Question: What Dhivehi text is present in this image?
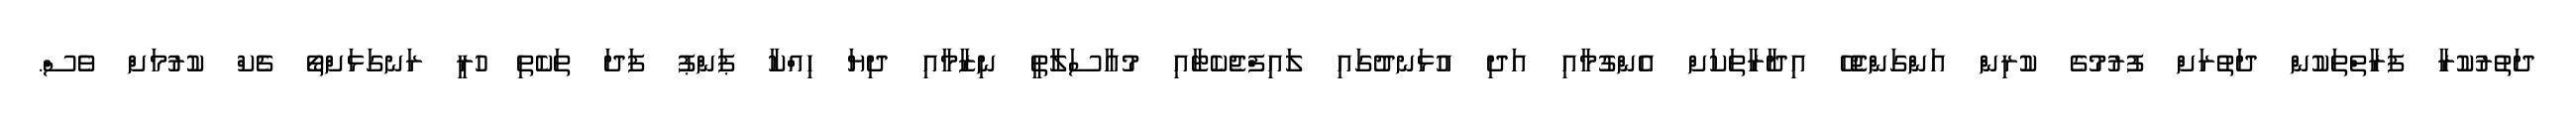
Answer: ދަތުރުކުރާ ފަރާތްތަކުން ދަތުރަށް ފުރުމުގެ ކުރިން އަންގަންޖެހޭ އިދާރާތަކަށް އެންގުމާއި އަދި އުޅަނދުގައި ލައިފްޖެކެޓާއި މުއާސަލާތީ ނިޒާމާއި ދިޔަ ހިއްކާ ޕަންޕު ފަދަ ތަކެތި ހުރީ ރަނގަޅަށްތޯ ޗެކް ކުރުމަށް ވެސް.